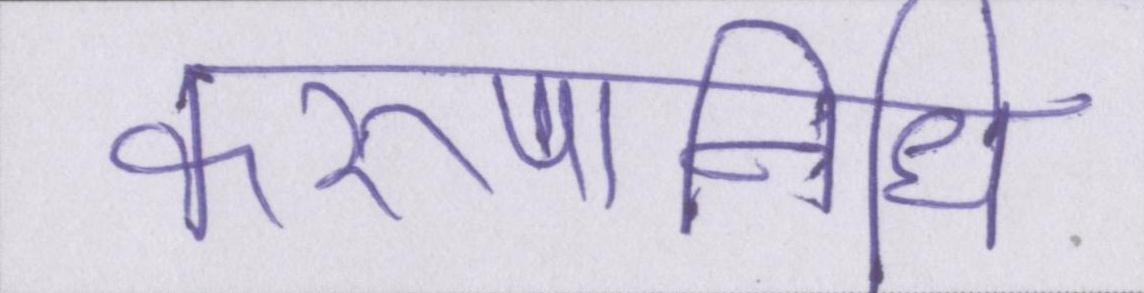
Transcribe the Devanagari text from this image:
करुणानिधि